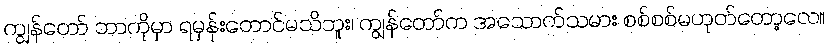
ကျွန်တော် ဘာကိုမှာ ရမှန်းတောင်မသိဘူး၊ ကျွန်တော်က အသောက်သမား စစ်စစ်မဟုတ်တော့လေ။